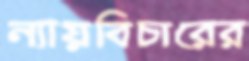
ন্যায়বিচারের